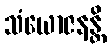
သံယောဇနန္တိ